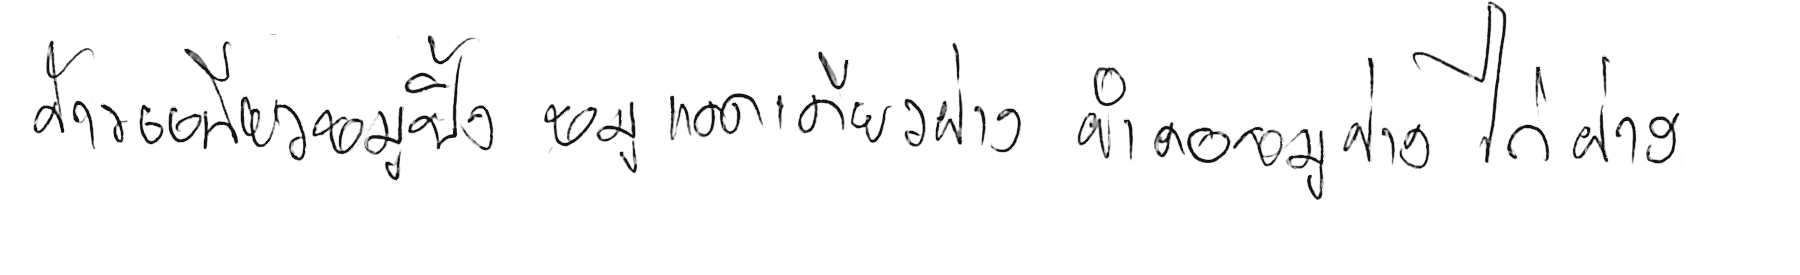
ข้าวเหนียวหมูปิ้ง หมูแดดเดียวย่าง ยำคอหมูย่าง ไก่ย่าง